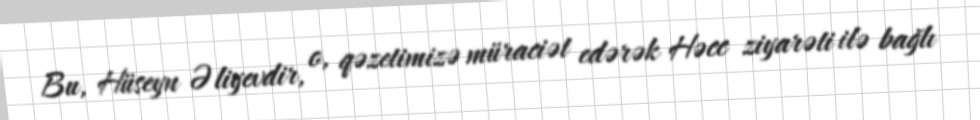
Bu, Hüseyn Əliyevdir, o, qəzetimizə müraciət edərək Həcc ziyarəti ilə bağlı